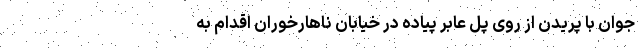
جوان با پریدن از روی پل عابر پیاده در خیابان ناهارخوران اقدام به